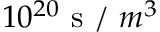
1 0 ^ { 2 0 } \mathrm { ~ s ~ / ~ } m ^ { 3 }